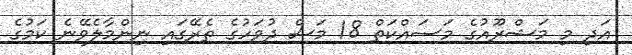
އަދި މި މަޝްރޫއުގެ މަސައްކަތް 18 މަސް ދުވަހުގެ ތެރޭގައި ނިންމާލެވޭނެ ކަމުގެ